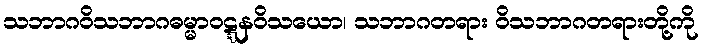
သဘာဂဝိသဘာဂဓမ္မာဝဋ္ဋနဝိသယော၊ သဘာဂတရား ဝိသဘာဂတရားတို့ကို